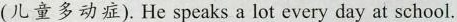
(儿童多动症). He speaks a lot every day at school.